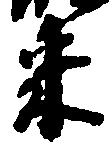
米